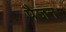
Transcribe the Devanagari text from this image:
पैजन